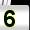
Digit: 5